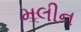
મલીન